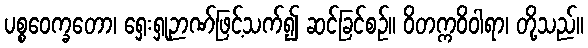
ပစ္စဝေက္ခတော၊ ရှေးရှုဉာဏ်ဖြင့်သက်၍ ဆင်ခြင်စဉ်။ ဝိတက္ကဝိဝါရာ၊ တို့သည်။